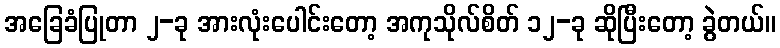
အခြေခံပြုတာ ၂-ခု အားလုံးပေါင်းတော့ အကုသိုလ်စိတ် ၁၂-ခု ဆိုပြီးတော့ ခွဲတယ်။